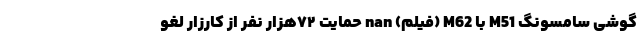
گوشی سامسونگ M51 با M62 (فیلم) nan حمایت ۷۲هزار نفر از کارزار لغو